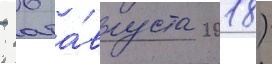
- 6 а́вгуста 2018)